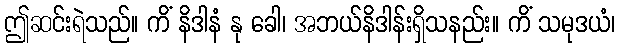
ဤဆင်းရဲသည်။ ကိံ နိဒါနံ နု ခေါ၊ အဘယ်နိဒါန်းရှိသနည်း။ ကိံ သမုဒယံ၊